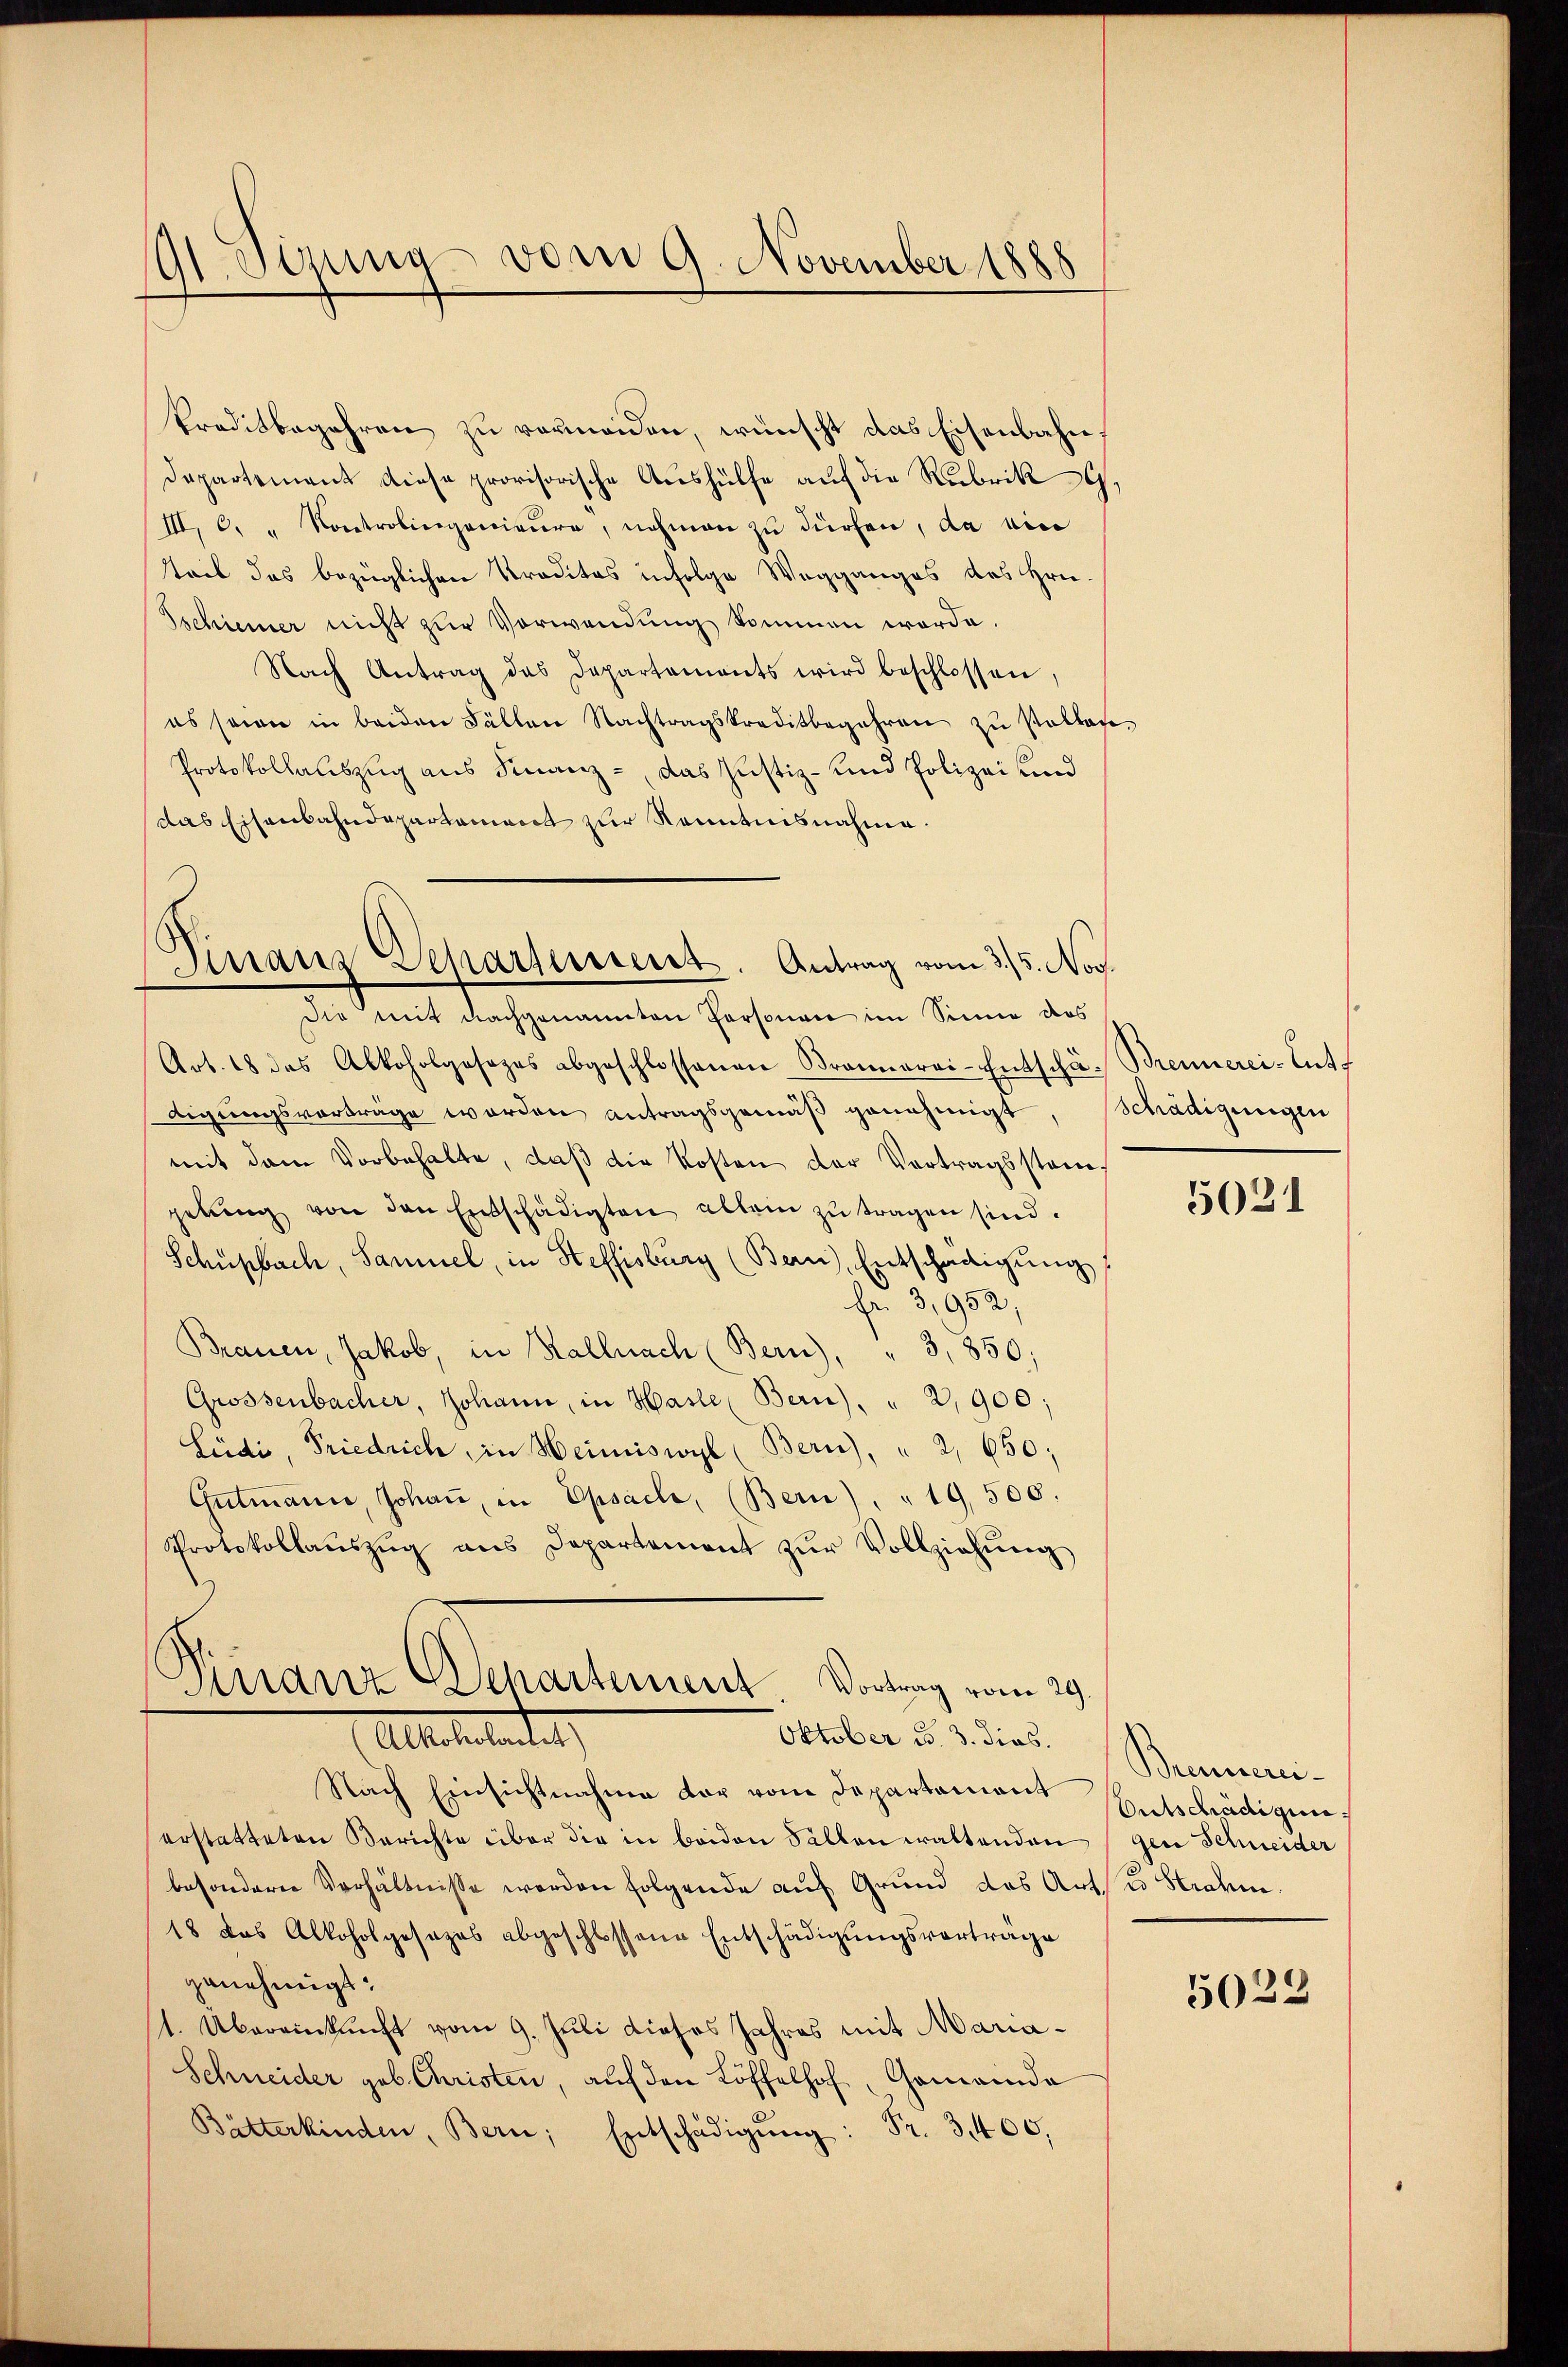
91. Syung vom 9. November 1888

Preditbegehren zu vermeiden, wünscht das Eisenbahn¬
Dapartement diese provisorische Aushülfe auf die Rubrik
III. C. " Kontrolingenieure, nehmen zu dürfen, da ein
teib das bezüglichen Traditas infolge Wegganges des Hrn.
Tschiener nicht zur Vorwendung kommen werde.
Nach Antrag des Departements wird beschlossen,
es seien in beiden Fällen Nachtragskreditbegehren zu Pallan
Protokollauszug aus Finanz-, das Justiz- und Polizei und
das Eisenbahndepartament zur Kenntnisnahme.
Finanz Separtement. Antrag vom 3/5. Nov.

Die mit nachgenannten Personen im Sinne das
Art. 48 das Alkoholgesezes abgeschlossenen Bronnerei-Entschä- Brennerei-Ents
digungsvorträge worden antragsgemäβ genehmigt. Schädigungen
mit dem Vorbehalte, daß die Kosten der Vortragsstangebŭng von den Entschädigten allein zu tragen sind.
Schüpbach, Samuel, in Steffisburg (Bern, Entschädigŭng
fr 3,952,
Brauen, Jakob, in Kalnach (Bern), " 3,850;
Grossenbacher, Johann, in Hasle, Bern) " " 2,900;
Lüedi, Friedrich, in Heimiswyl (Bern), " 2, 650;
Gutmann, Johaṅ in Epsache, (Bern) . " 19,500.
Protokollaŭszŭg ans Departement zŭr Vollziehŭng

Finanz Departement Vortrag vom 29.
Oktober d. 3. dies.
Albertretenten,

Nach Einsichtnahme der vom Departamont
erstatteten Berichte über die in beiden Fällen waltenden
besondere Verhältnisse werden folgende auf Grund das Art u. Strahen.
18 das Alkoholgesezes abgeschlossene Entschädigŭngsvorträge
genehmigt.
1. Übereinkunft vom 9. Juli dieses Jahres mit Maria¬
Schneider geb. Christen, auf den Löffelhof, Gemeinda
Bätterkinden, Bern, Entschädigŭng: Fr. 3400,

5031

Brennerei¬
Entschädigun
gen Schneider

5029